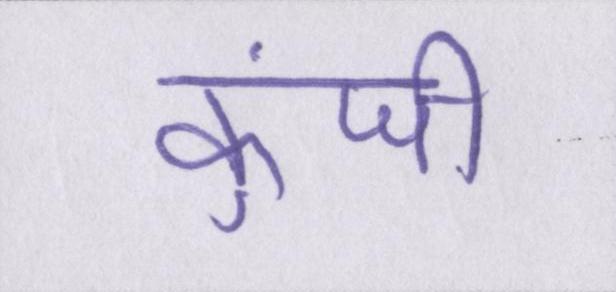
कुंजी